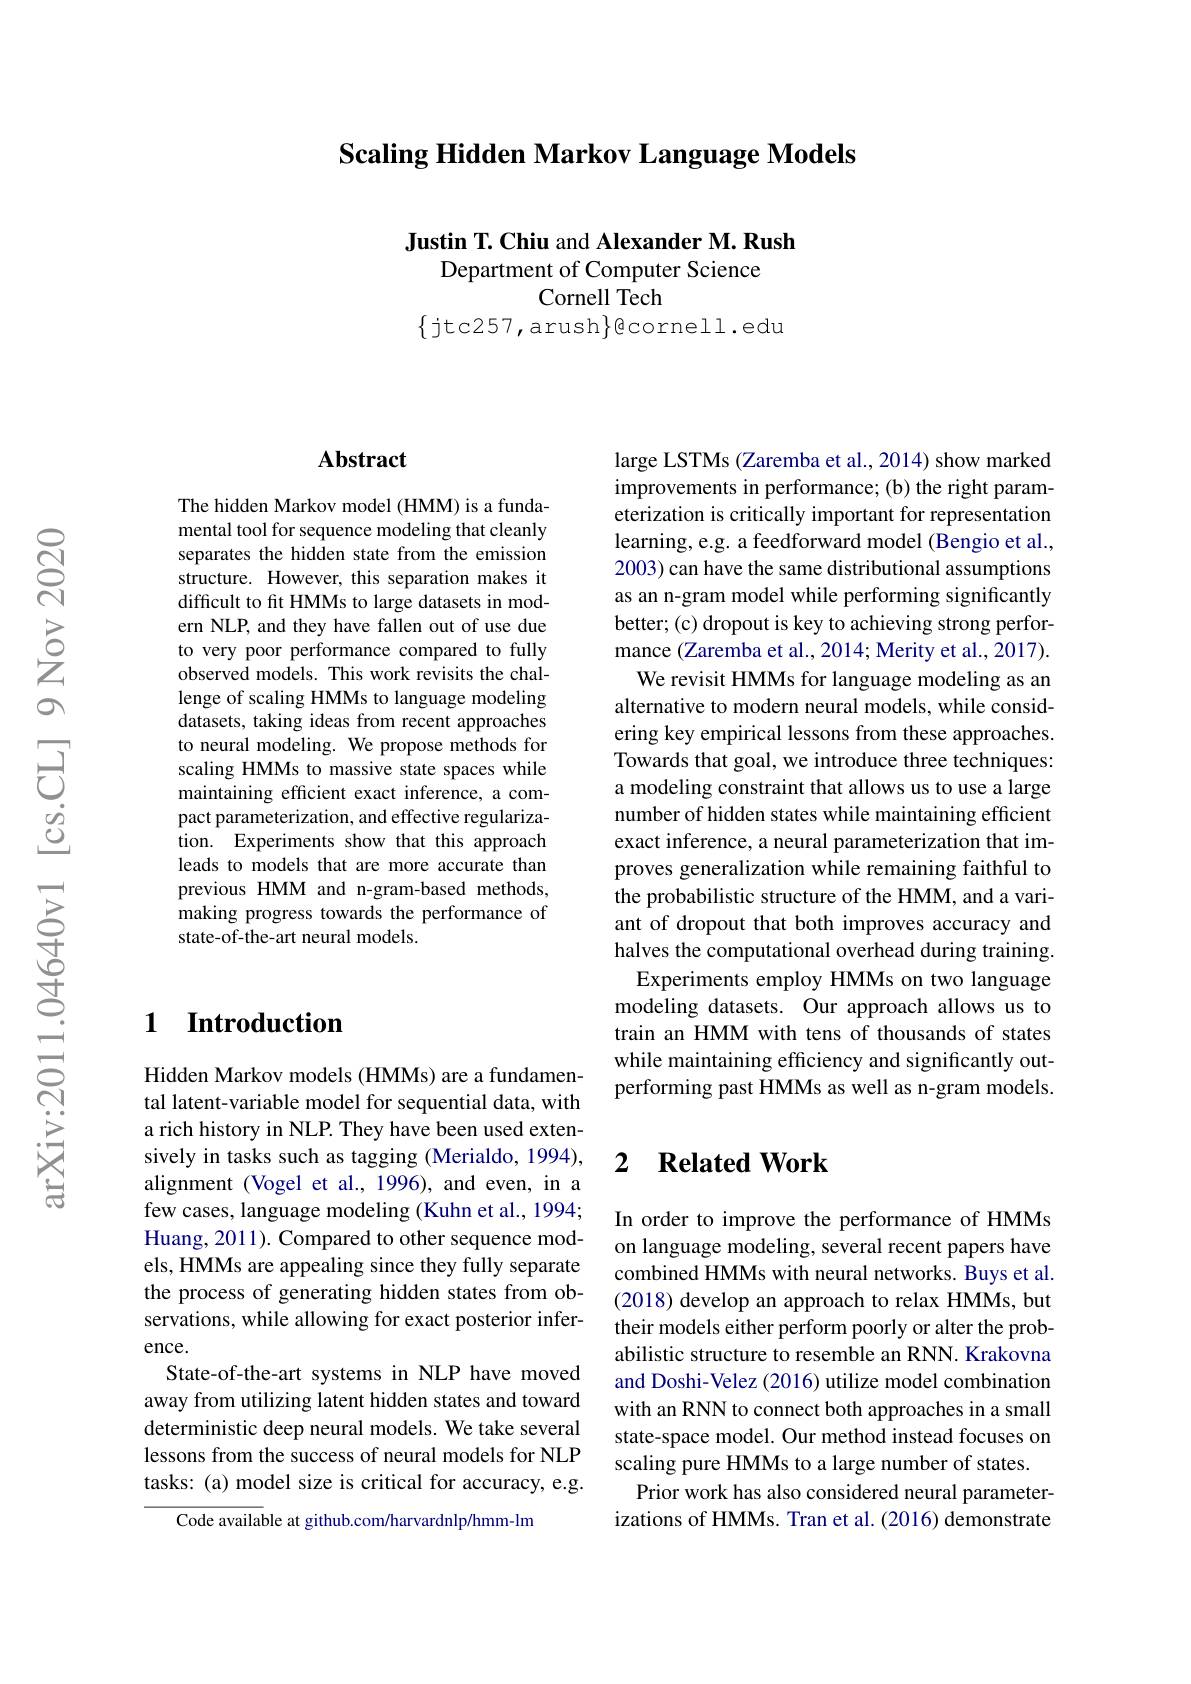
## Scaling Hidden Markov Language Models

Justin T. Chiu and Alexander M. Rush
Department of Computer Science
## Cornell Tech
$\{$jtc257,arush$\}$cornell.edu

### $\mathbf{Abstract}$

The hidden Markov model (HMM) is a fundamental tool for sequence modeling that cleanly separates the hidden state from the emission structure. However, this separation makes it difficult to fit HMMs to large datasets in modern NLP, and they have fallen out of use due to very poor performance compared to fully observed models. This work revisits the challenge of scaling HMMs to language modeling datasets, taking ideas from recent approaches to neural modeling. We propose methods for scaling HMMs to massive state spaces while maintaining efficient exact inference, a compact parameterization, and effective regularization. Experiments show that this approach leads to models that are more accurate than previous HMM and n-gram-based methods, making progress towards the performance of state-of-the-art neural models.

## 1 $\textbf{Introduction}$

Hidden Markov models (HMMs) are a fundamental latent-variable model for sequential data, with a rich history in NLP. They have been used extensively in tasks such as tagging (Merialdo, 1994), alignment (Vogel et al., 1996), and even, in a few cases, language modeling (Kuhn et al., 1994; Huang, 2011). Compared to other sequence models, HMMs are appealing since they fully separate the process of generating hidden states from observations, while allowing for exact posterior inference.
State-of-the-art systems in NLP have moved away from utilizing latent hidden states and toward deterministic deep neural models. We take several lessons from the success of neural models for NLP tasks: (a) model size is critical for accuracy, e.g.
$\overline{{\text{Code available at github.com/harvardnlp/hmm-lm}}}$

large LSTMs (Zaremba et al., 2014) show marked improvements in performance; (b) the right parameterization is critically important for representation learning, e.g. a feedforward model (Bengio et al., 2003) can have the same distributional assumptions as an n-gram model while performing significantly better; (c) dropout is key to achieving strong performance (Zaremba et al., 2014; Merity et al., 2017). We revisit HMMs for language modeling as an alternative to modern neural models, while considering key empirical lessons from these approaches. Towards that goal, we introduce three techniques: a modeling constraint that allows us to use a large number of hidden states while maintaining efficient exact inference, a neural parameterization that improves generalization while remaining faithful to the probabilistic structure of the HMM, and a variant of dropout that both improves accuracy and halves the computational overhead during training.
Experiments employ HMMs on two language modeling datasets. Our approach allows us to train an HMM with tens of thousands of states while maintaining efficiency and significantly outperforming past HMMs as well as n-gram models.

## 2 $\textbf{Related Work}$

In order to improve the performance of HMMs on language modeling, several recent papers have combined HMMs with neural networks. Buys et al. (2018) develop an approach to relax HMMs, but their models either perform poorly or alter the probabilistic structure to resemble an RNN. Krakovna and Doshi-Velez (2016) utilize model combination with an RNN to connect both approaches in a small state-space model. Our method instead focuses on scaling pure HMMs to a large number of states.
Prior work has also considered neural parameterizations of HMMs. Tran et al. (2016) demonstrate